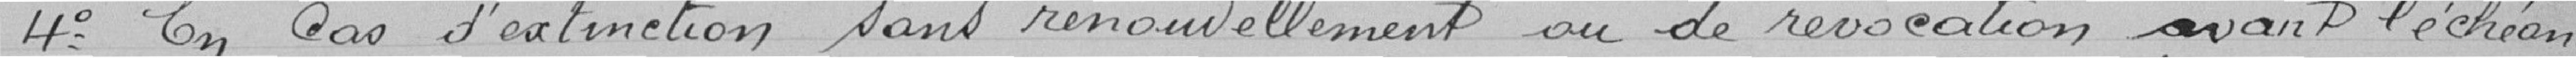
4° En cas d'extinction sans renouvellement ou de révocation avant l'échéance